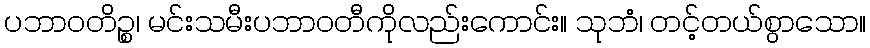
ပဘာဝတိဉ္စ၊ မင်းသမီးပဘာဝတီကိုလည်းကောင်း။ သုဘံ၊ တင့်တယ်စွာသော။